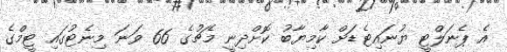
އެ ޕެނަލްޓީ ޔުނައިޓެޑަށް ކާމިޔާބު ކޮށްދިނީ މެޗުގެ 66 ވަނަ މިނެޓުގައި ޓީމްގެ